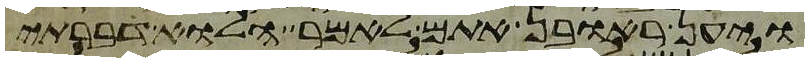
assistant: ויען ראובן אתם לאמר הלוא דברתי